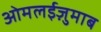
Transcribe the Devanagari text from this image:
ओमलईज़ुमाब